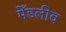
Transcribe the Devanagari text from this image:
मेँडलीव